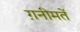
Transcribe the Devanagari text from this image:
ग़नीमतें